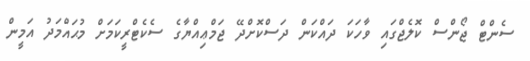
ސެންޓް ޖޯންސް ކޮލެޖްގައި ވާހަކަ ދައްކަން ދަސްކޮށްދޭ ޖަމްޢިއްޔާގެ ސެކެޓްރީކަމަށް މުޙައްމަދު އަމީން